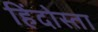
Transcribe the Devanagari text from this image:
हिंदोस्ता